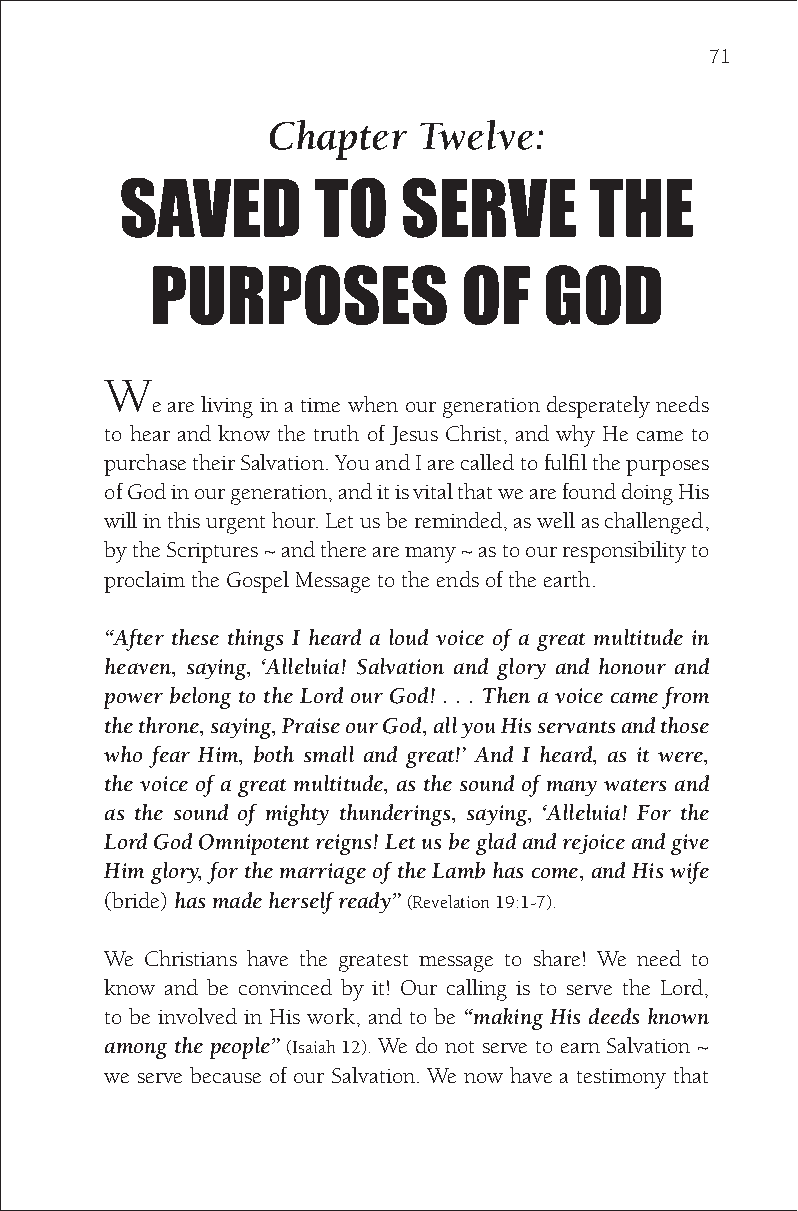
71
 Chapter   Twelve:
 SAVED        TO    SERVE       THE
 PURPOSES             OF   GOD
 W
 e are living in a time when our generation desperately needs
 to hear and know the truth of Jesus Christ, and why He came to
 purchase their Salvation. You and I are called to fulfil the purposes
 of God in our generation, and it is vital that we are found doing His
 will in this urgent hour. Let us be reminded, as well as challenged,
 by the Scriptures ~ and there are many ~ as to our responsibility to
 proclaim the Gospel Message to the ends of the earth.
 “After these things I heard a loud voice of a great multitude in
 heaven, saying, ‘Alleluia! Salvation and glory and honour and
 power belong to the Lord our God! . . . Then a voice came from
 the throne, saying, Praise our God, all you His servants and those
 who fear Him, both small and great!’ And I heard, as it were,
 the voice of a great multitude, as the sound of many waters and
 as the sound of mighty thunderings, saying, ‘Alleluia! For the
 Lord God Omnipotent reigns! Let us be glad and rejoice and give
 Him glory, for the marriage of the Lamb has come, and His wife
 (bride) has made herself ready” (Revelation 19:1-7).
 We Christians have the greatest message to share! We need to
 know and be convinced by it! Our calling is to serve the Lord,
 to be involved in His work, and to be “making His deeds known
 among the people” (Isaiah 12). We do not serve to earn Salvation ~
 we serve because of our Salvation. We now have a testimony that